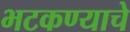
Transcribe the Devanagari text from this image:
भटकण्याचे